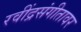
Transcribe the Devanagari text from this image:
रवींद्रसंगीतावर